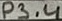
Text: P3.4